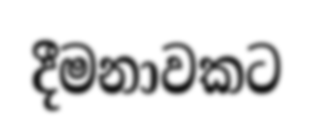
දීමනාවකට